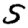
Digit: 5